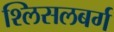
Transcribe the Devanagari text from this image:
श्लिसलबर्ग